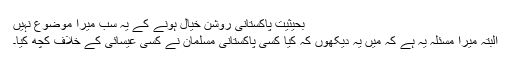
بحیثیت پاکستانی روشن خیال ہونے کے یہ سب میرا موضوع نہیں
البتہ میرا مسئلہ یہ ہے کہ میں یہ دیکھوں کہ کیا کسی پاکستانی مسلمان نے کسی عیسائی کے خلاف کچھ کیا۔